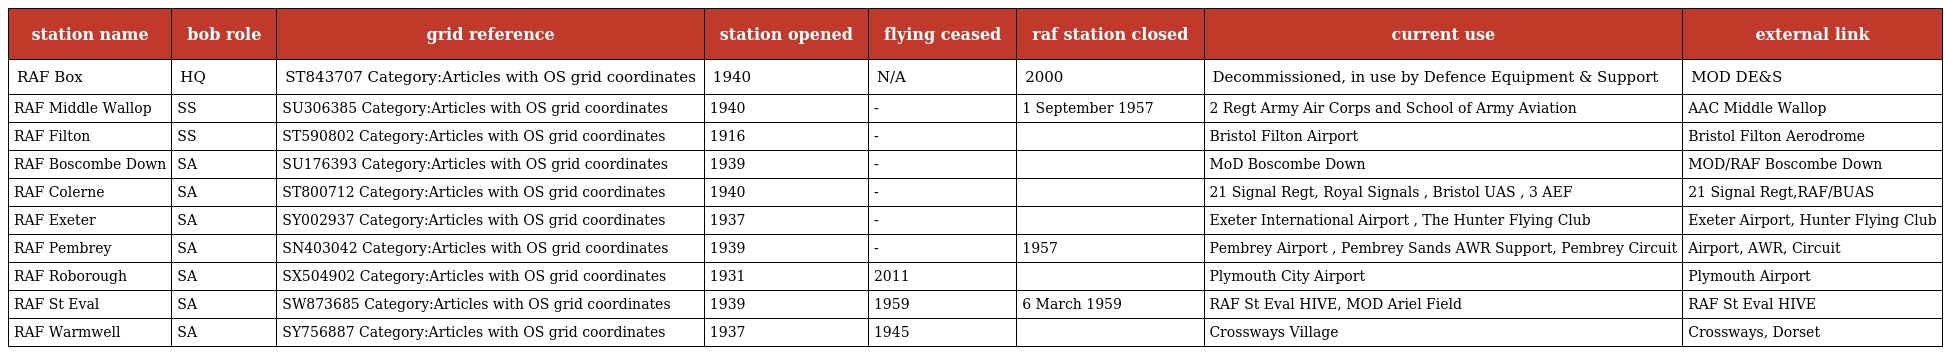
| station name | bob role | grid reference | station opened | flying ceased | raf station closed | current use | external link |
 | --- | --- | --- | --- | --- | --- | --- | --- |
 | RAF Box | HQ | ST843707 Category:Articles with OS grid coordinates | 1940 | N/A | 2000 | Decommissioned, in use by Defence Equipment & Support | MOD DE&S |
 | RAF Middle Wallop | SS | SU306385 Category:Articles with OS grid coordinates | 1940 | - | 1 September 1957 | 2 Regt Army Air Corps and School of Army Aviation | AAC Middle Wallop |
 | RAF Filton | SS | ST590802 Category:Articles with OS grid coordinates | 1916 | - |  | Bristol Filton Airport | Bristol Filton Aerodrome |
 | RAF Boscombe Down | SA | SU176393 Category:Articles with OS grid coordinates | 1939 | - |  | MoD Boscombe Down | MOD/RAF Boscombe Down |
 | RAF Colerne | SA | ST800712 Category:Articles with OS grid coordinates | 1940 | - |  | 21 Signal Regt, Royal Signals , Bristol UAS , 3 AEF | 21 Signal Regt,RAF/BUAS |
 | RAF Exeter | SA | SY002937 Category:Articles with OS grid coordinates | 1937 | - |  | Exeter International Airport , The Hunter Flying Club | Exeter Airport, Hunter Flying Club |
 | RAF Pembrey | SA | SN403042 Category:Articles with OS grid coordinates | 1939 | - | 1957 | Pembrey Airport , Pembrey Sands AWR Support, Pembrey Circuit | Airport, AWR, Circuit |
 | RAF Roborough | SA | SX504902 Category:Articles with OS grid coordinates | 1931 | 2011 |  | Plymouth City Airport | Plymouth Airport |
 | RAF St Eval | SA | SW873685 Category:Articles with OS grid coordinates | 1939 | 1959 | 6 March 1959 | RAF St Eval HIVE, MOD Ariel Field | RAF St Eval HIVE |
 | RAF Warmwell | SA | SY756887 Category:Articles with OS grid coordinates | 1937 | 1945 |  | Crossways Village | Crossways, Dorset |